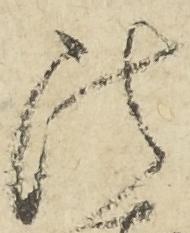
法